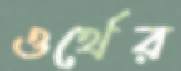
ওর্থের